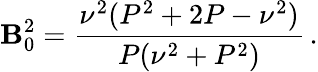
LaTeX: \mathbf{B}_{0}^{2}=\frac{{\nu^{2}(P^{2}+2P-\nu^{2})}}{{P(\nu^{2}+P^{2})}}\, .